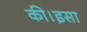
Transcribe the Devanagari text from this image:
की।इसा